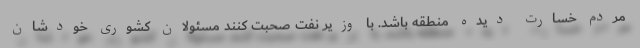
مردم خسارت دیده منطقه باشد. با وزیر نفت صحبت کنند مسئولان کشوری خودشان